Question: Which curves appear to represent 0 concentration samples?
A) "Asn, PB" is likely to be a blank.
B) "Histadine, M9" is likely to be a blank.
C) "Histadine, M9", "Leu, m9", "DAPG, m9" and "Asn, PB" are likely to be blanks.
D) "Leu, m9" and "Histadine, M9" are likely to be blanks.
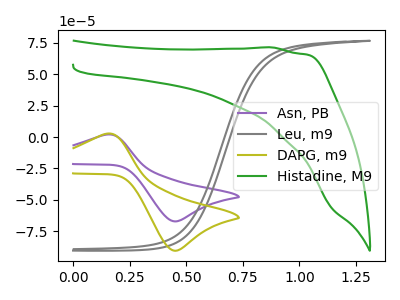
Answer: <think>The purple curve "Asn, PB" has an anodic peak at (0.15V, 1.95uA) and a cathodic peak at (0.45V, -67.20uA). The gray curve "Leu, m9" has no peaks. The olive curve "DAPG, m9" has an anodic peak at (0.15V, 2.65uA) and a cathodic peak at (0.45V, -90.55uA). The green curve "Histadine, M9" has no peaks.</think>
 <answer>D) "Leu, m9" and "Histadine, M9" are likely to be blanks.</answer>
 <eval>D</eval>